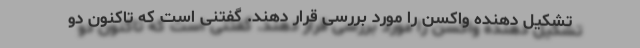
تشکیل دهنده واکسن را مورد بررسی قرار دهند. گفتنی است که تاکنون دو